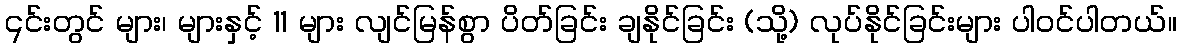
၎င်းတွင် များ၊ များနှင့် 11 များ လျင်မြန်စွာ ပိတ်ခြင်း ချနိုင်ခြင်း (သို့) လုပ်နိုင်ခြင်းများ ပါဝင်ပါတယ်။